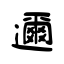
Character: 邇